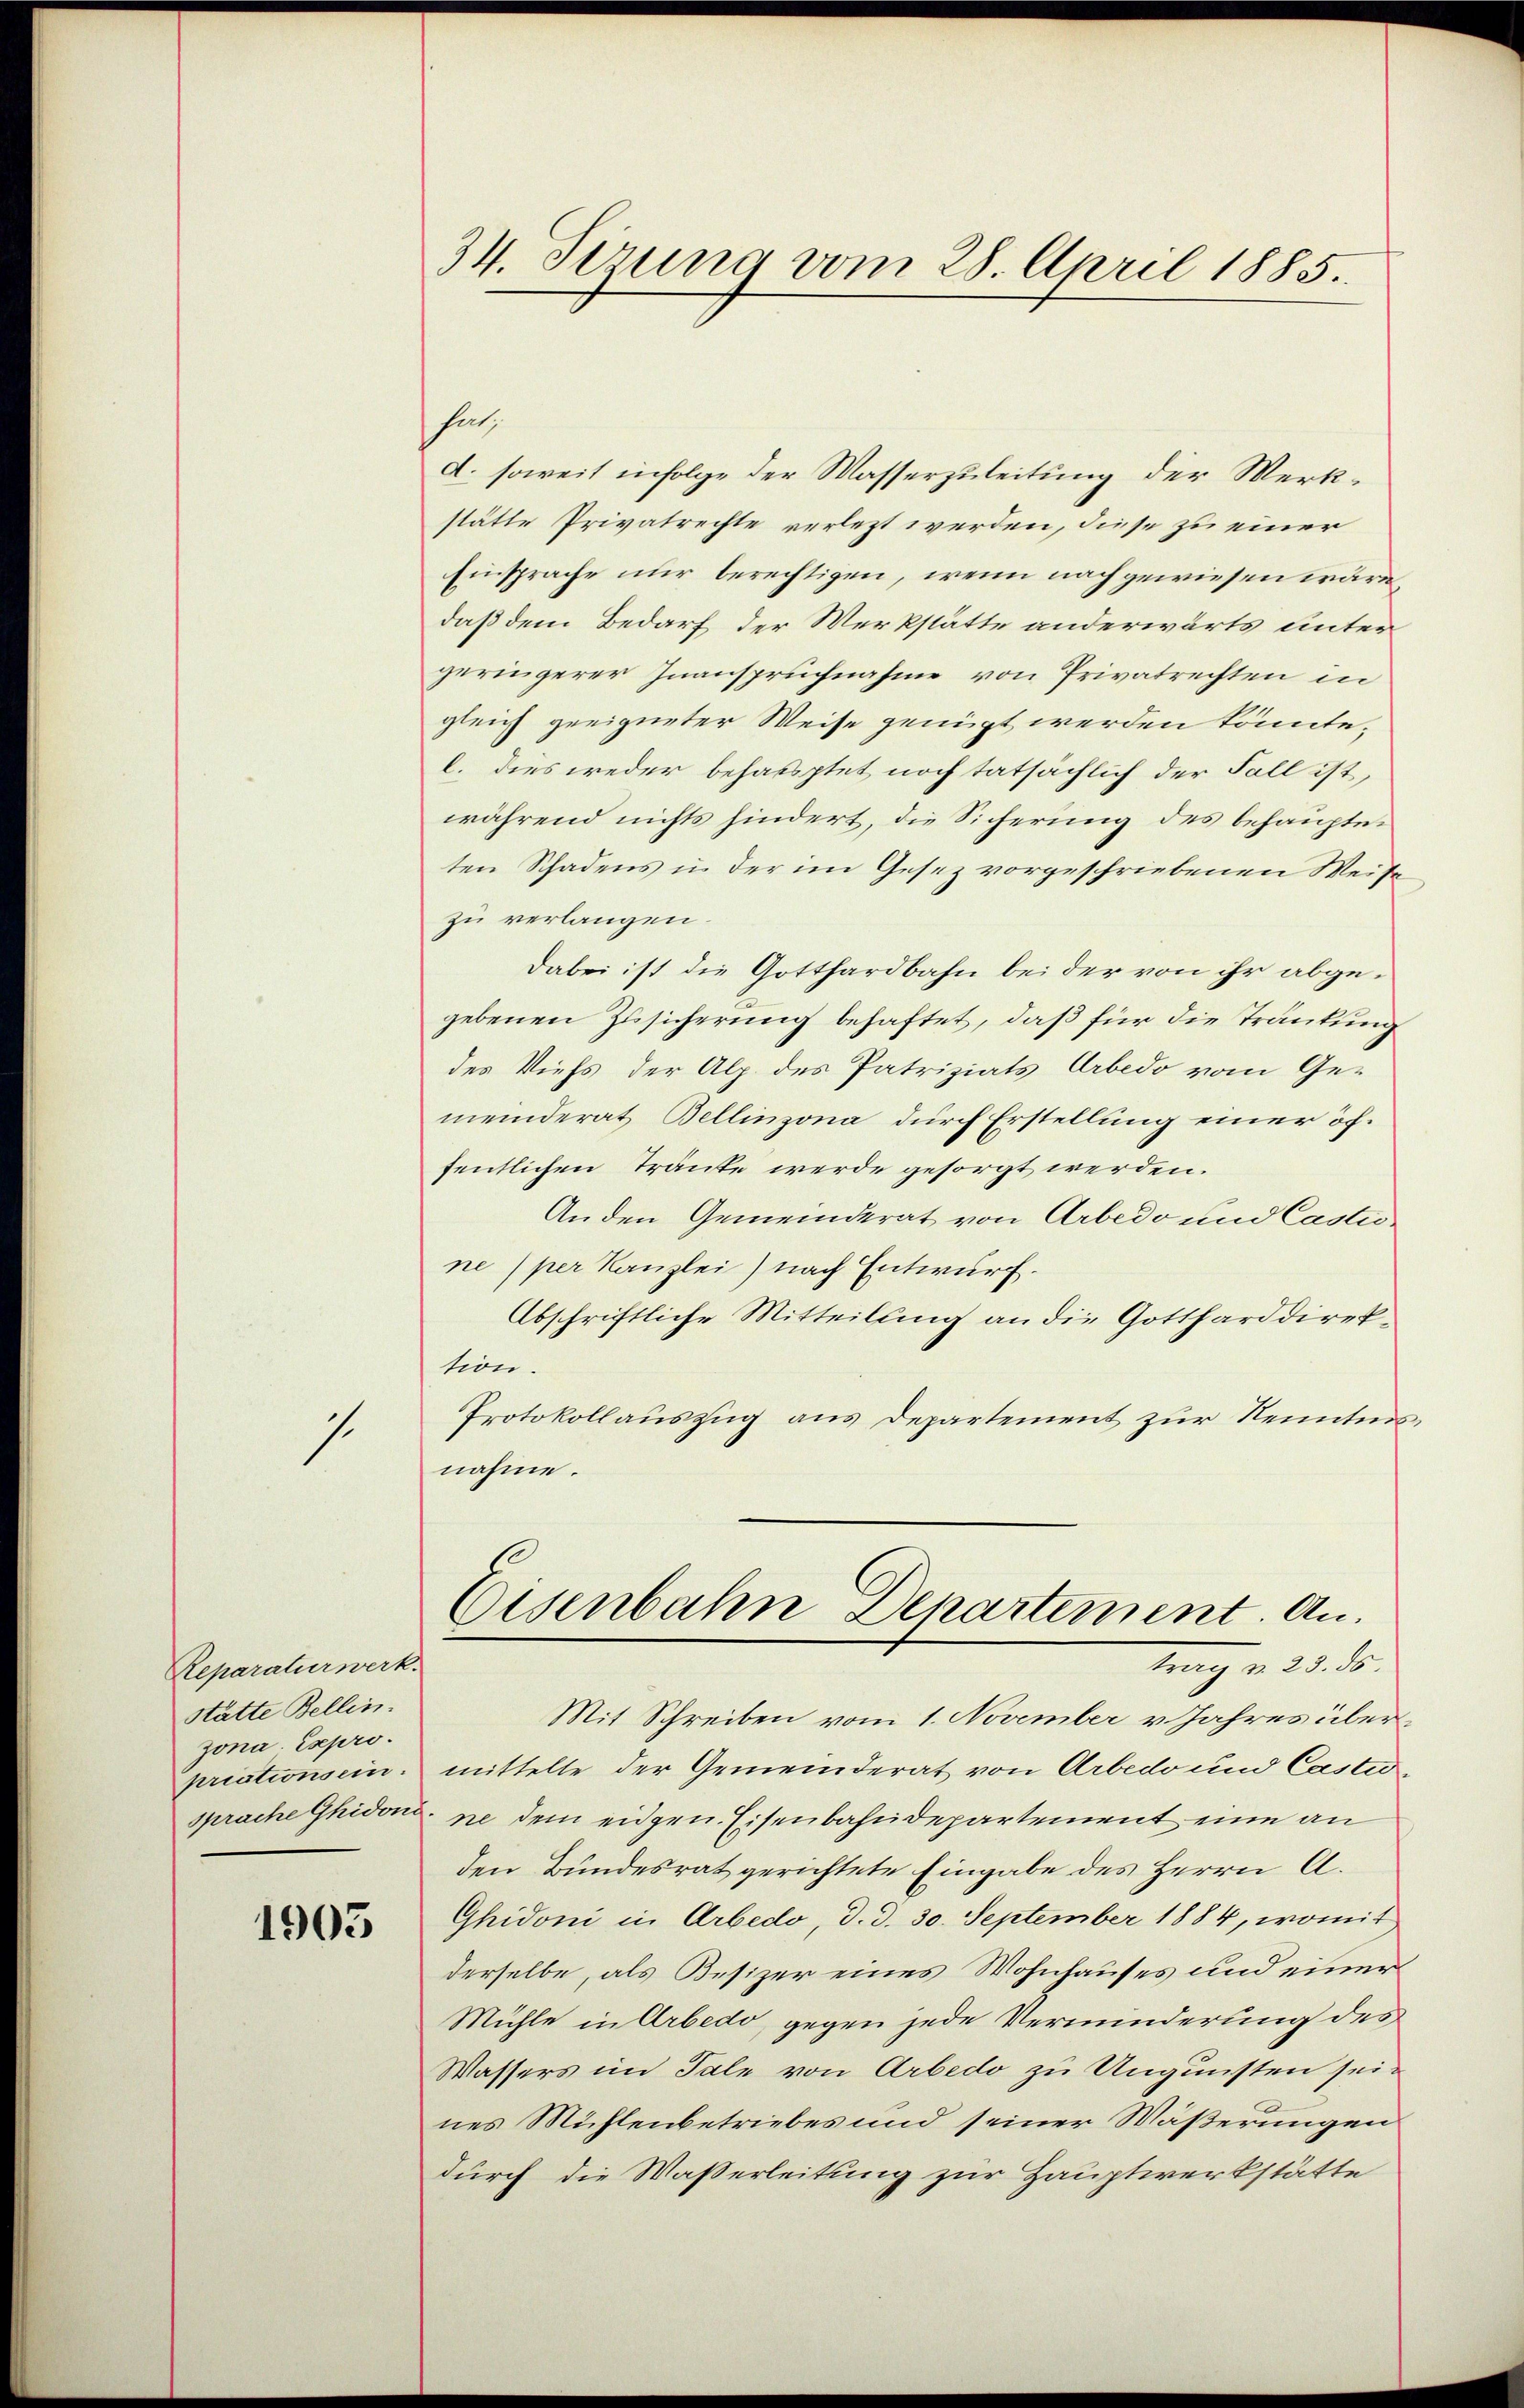
1

Reparaturwerk.
stätte Bellin.
zona. Expro.
priationsein.

1903

34. Sizung vom 28. April 1885.

hat.
d. soweit infolge der Wasserzuleitung der Werkstätte Privatrechte verlezt werden, diese zu einer
Einsprache nur berechtigen, wenn nach gewiesen wäre,
daß dem Bedarf der Werkstätte anderwärts unter
geringerer Inanspruchnahme von Privatrechten in
gleich geeigneter Weise genügt werden könnte,
l. dies weder behauptet noch tatsächlich der Fall ist,
während nichts hindert, die Sicherung des behaupteten Schadens in der im Gesez vorgeschriebenen Weise
zu verlangen.
dabei ist die Gotthardbahn bei der von ihr abgegebenen Zusicherung behaftet, daß für die Tränkung
des Viefs der Alp. des Patriziats Arbedo vom Gemeinderat Bellinzona durch Erstellung einer öffentlichen Tränte werde gesorgt werden.
Anden Gemeinderat von Arbedo und Castis
ne per Kanzlei) nach Entwurf.
Abschriftliche Mitteilung an die Gottharddirektion.
Protokollauszug aus Departement zur Kenntnis
nahme.
Eisenbahn Departement. Antrag v. 23. ds.
Mit Schreiben vom 1. November v. Jahres übermittelte der Gemeinderat von Arbedo und Castiosprache Ghidonne dem eidgen. Eisenbahndepartement eine an
den Bundesrat gerichtete Eingabe des Herrn A.
Ghidoni in Arbedo, d. d. 30. September 1884, womit
derselbe, als Besizer eines Wohnhauses und einer
Mühle in Arbedo, gegen jede Verminderung des
Wassers im Tale von Arbedo zu Ungunsten seines Mühlenbetriebes und seiner Wäßerungen
durch die Wasserleitung zur Hauptwerkstätte